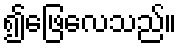
၍ဖြေလေသည်။